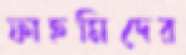
ফাহমিদের